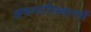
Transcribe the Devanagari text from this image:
अफगानिस्तानमें